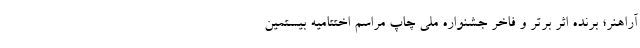
آراهنر؛ برنده اثر برتر و فاخر جشنواره ملی چاپ مراسم اختتامیه بیستمین